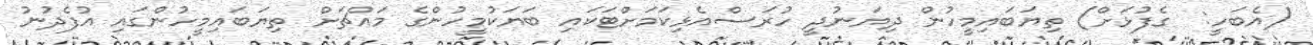
(އެބަހީ:  ގެފުޅަށް) ތިޔަބައިމީހުން ދިޔަނުދީ ހުރަސްއެޅިކަމަށްޓަކައި ބަޔަކުމީހުންގެ މައްޗަށް ތިޔަބައިމީހުންގައި އުފެދުނު